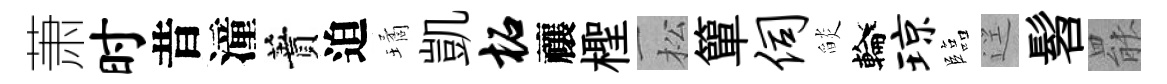
萧时昔潼蕡迫璚凱柘禳檉松簞伺𦦨輪琼臨逕髫罷